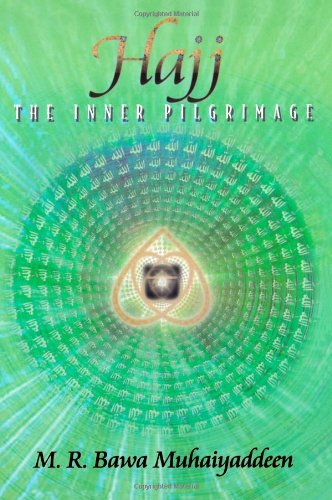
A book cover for Hajj: The Inner Pilgrimage; M.R. Bawa Muhaiyaddeen; Religion & Spirituality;